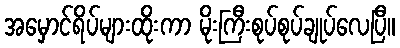
အမှောင်ရိပ်များထိုးကာ မိုးကြီးစုပ်စုပ်ချုပ်လေပြီ။